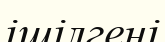
ішілгені